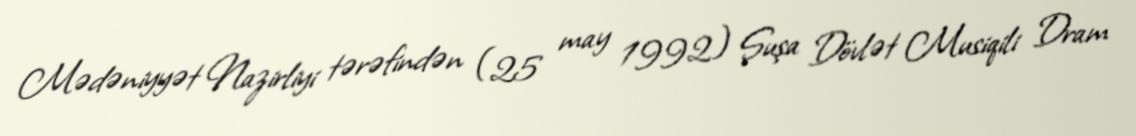
Mədəniyyət Nazirliyi tərəfindən (25 may 1992) Şuşa Dövlət Musiqili Dram